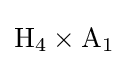
\mathrm {H_{4}} \times \mathrm {A_{1}}